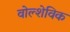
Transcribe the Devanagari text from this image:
वोल्शेविक